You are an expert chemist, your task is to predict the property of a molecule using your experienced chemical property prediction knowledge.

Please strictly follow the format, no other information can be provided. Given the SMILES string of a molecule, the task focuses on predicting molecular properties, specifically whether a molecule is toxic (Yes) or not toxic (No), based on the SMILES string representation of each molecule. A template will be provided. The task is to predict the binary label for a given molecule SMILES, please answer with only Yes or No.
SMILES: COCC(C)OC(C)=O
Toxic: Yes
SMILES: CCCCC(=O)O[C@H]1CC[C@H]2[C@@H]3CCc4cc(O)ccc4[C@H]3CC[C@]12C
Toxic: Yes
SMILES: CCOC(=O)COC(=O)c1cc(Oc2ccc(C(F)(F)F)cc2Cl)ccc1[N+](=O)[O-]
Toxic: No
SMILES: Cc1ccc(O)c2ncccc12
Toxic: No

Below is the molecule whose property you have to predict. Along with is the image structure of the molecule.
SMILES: CC(C)c1cc2c(cc1S(=O)(=O)O)[C@@]1(C)CCC[C@@](C)(C(=O)O)[C@@H]1CC2
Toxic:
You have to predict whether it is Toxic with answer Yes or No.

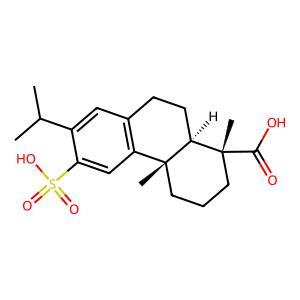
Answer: No